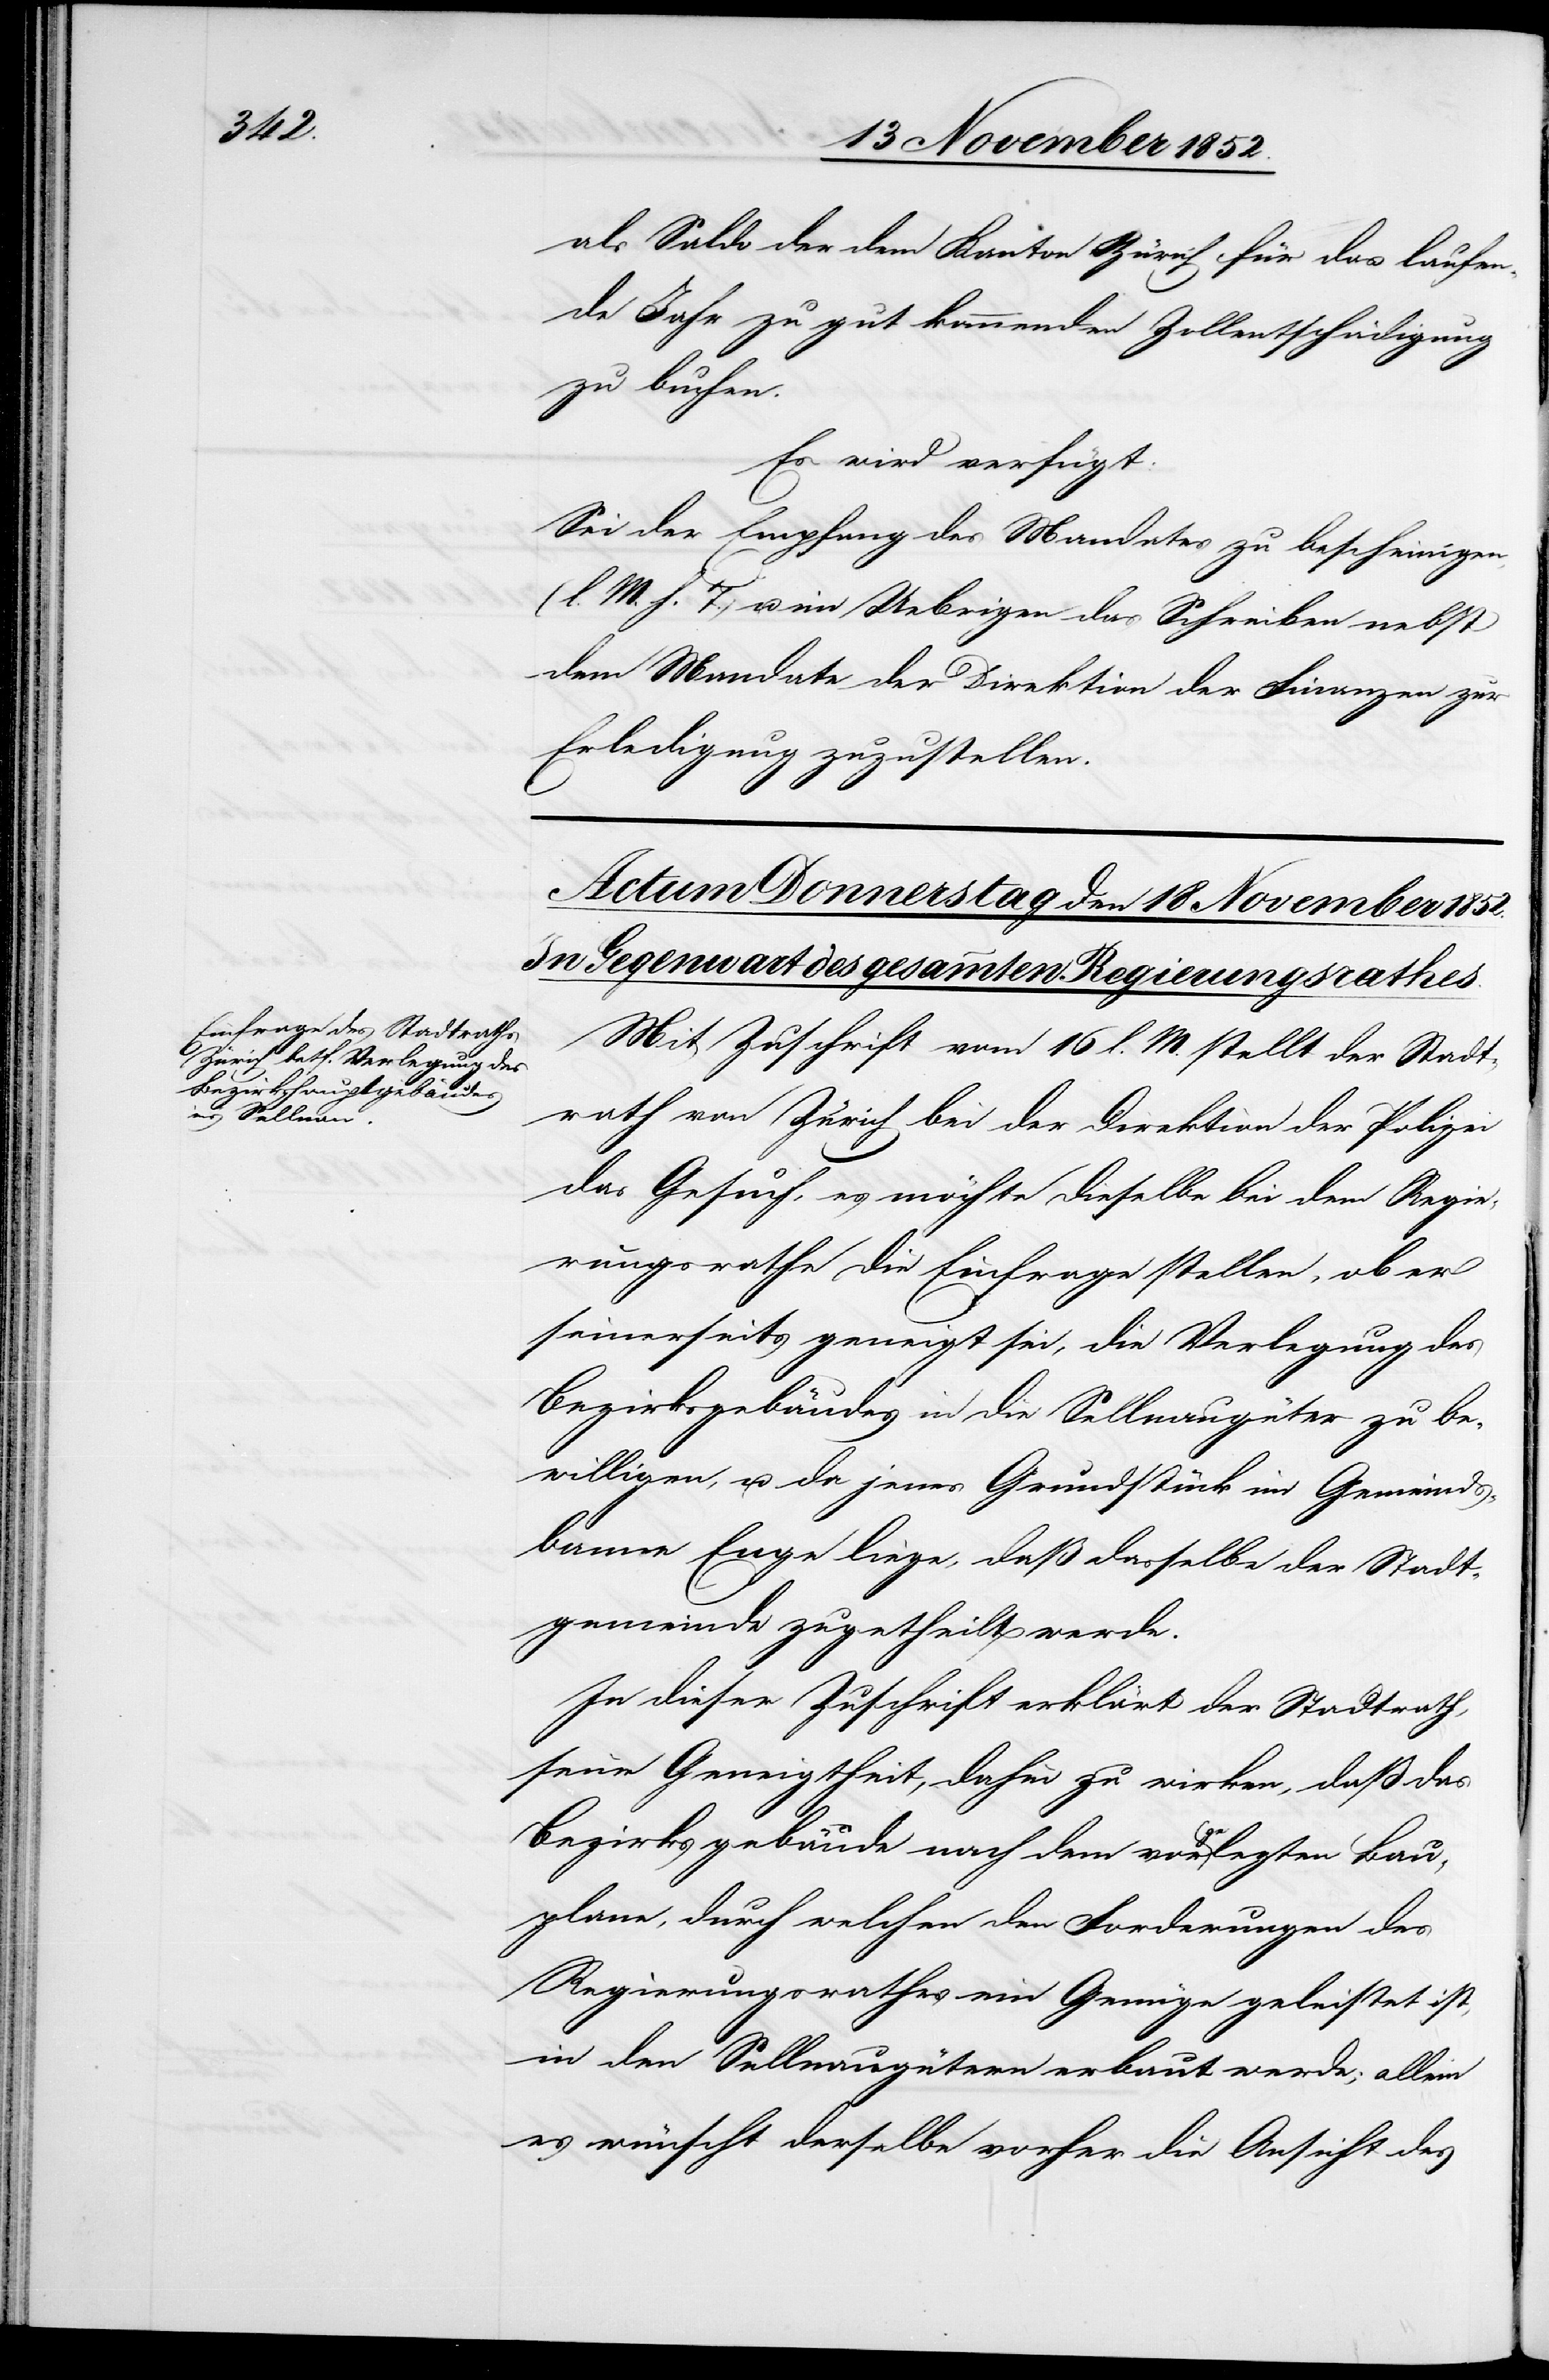
de Jahr zu gut kommenden Zollentschädigung
zu buchen.
Es wird verfügt:
Sei der Empfang des Mandates zu bescheinigen
(l. M. h. T.) u. im Uebrigen das Schreiben nebst
dem Mandate der Direktion der Finanzen zur
Erledigung zuzustellen.
Mit Zuschrift vom 16 l. M. stellt der Stadt¬
rath von Zürich bei der Direktion der Polizei
das Gesuch, es möchte dieselbe bei dem Regie¬
rungsrathe die Einfrage stellen, ob er
seinerseits geneigt sei, die Verlegung des
Bezirksgebäudes in die Sellnaugüter zu be¬
willigen, u. da jenes Grundstücke im Gemeinds¬
banne Enge liege, daß dasselbe der Stadt¬
gemeinde zugetheilt werde.
In dieser Zuschrift erklärt der Stadtrath,
seine Geneigtheit, dahin zu wirken, daß das
Bezirksgebäude nach dem vorgelegten Bau¬
plane, durch welchen den Forderungen des
Regierungsrathes ein Genüge geleistet ist,
in den Sellnaugütern erbaut werde; allein
es wünscht derselbe vorher die Ansicht des